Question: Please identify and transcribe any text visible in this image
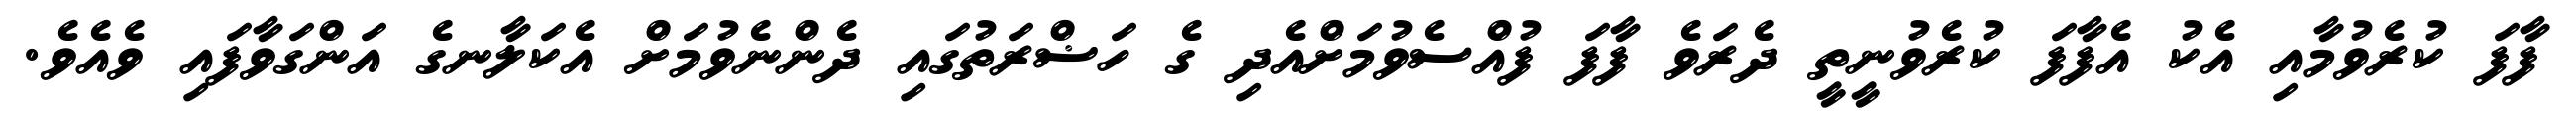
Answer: ފާފަ ކުރެވުމާއި އެކު އެފާފަ ކުރެވުނީތީ ދެރަވެ ފާފަ ފުއްސެވުމަށްއެދި ގެ ހަޟްރަތުގައި ދެންނެވުމަށް އެކަލާނގެ އަންގަވާފައި ވެއެވެ.